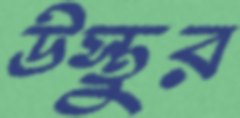
উস্তুর